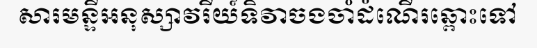
សារមន្ទីអនុស្សាវរីយ៍ទិវាចងចាំដំណើរឆ្ពោះទៅ